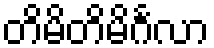
တိမိတိမိင်္ဂလာ